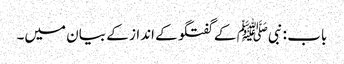
باب : نبیﷺ کے گفتگو کے انداز کے بیان میں۔